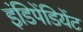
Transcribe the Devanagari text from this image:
इंडिपेंडियेंट